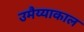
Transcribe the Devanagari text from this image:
उमैय्याकाल